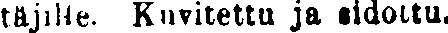
täjille. Kuvitettu ja sidottu.